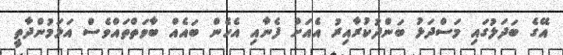
އޭގެ ބަދަލުގައި މަސްދަޅު ބަންދުކުރާއިރު އެއަށް ފެނާއި އެހެން ބައެއް ބާވަތްތައްވެސް އަޅަމުންދާތީ